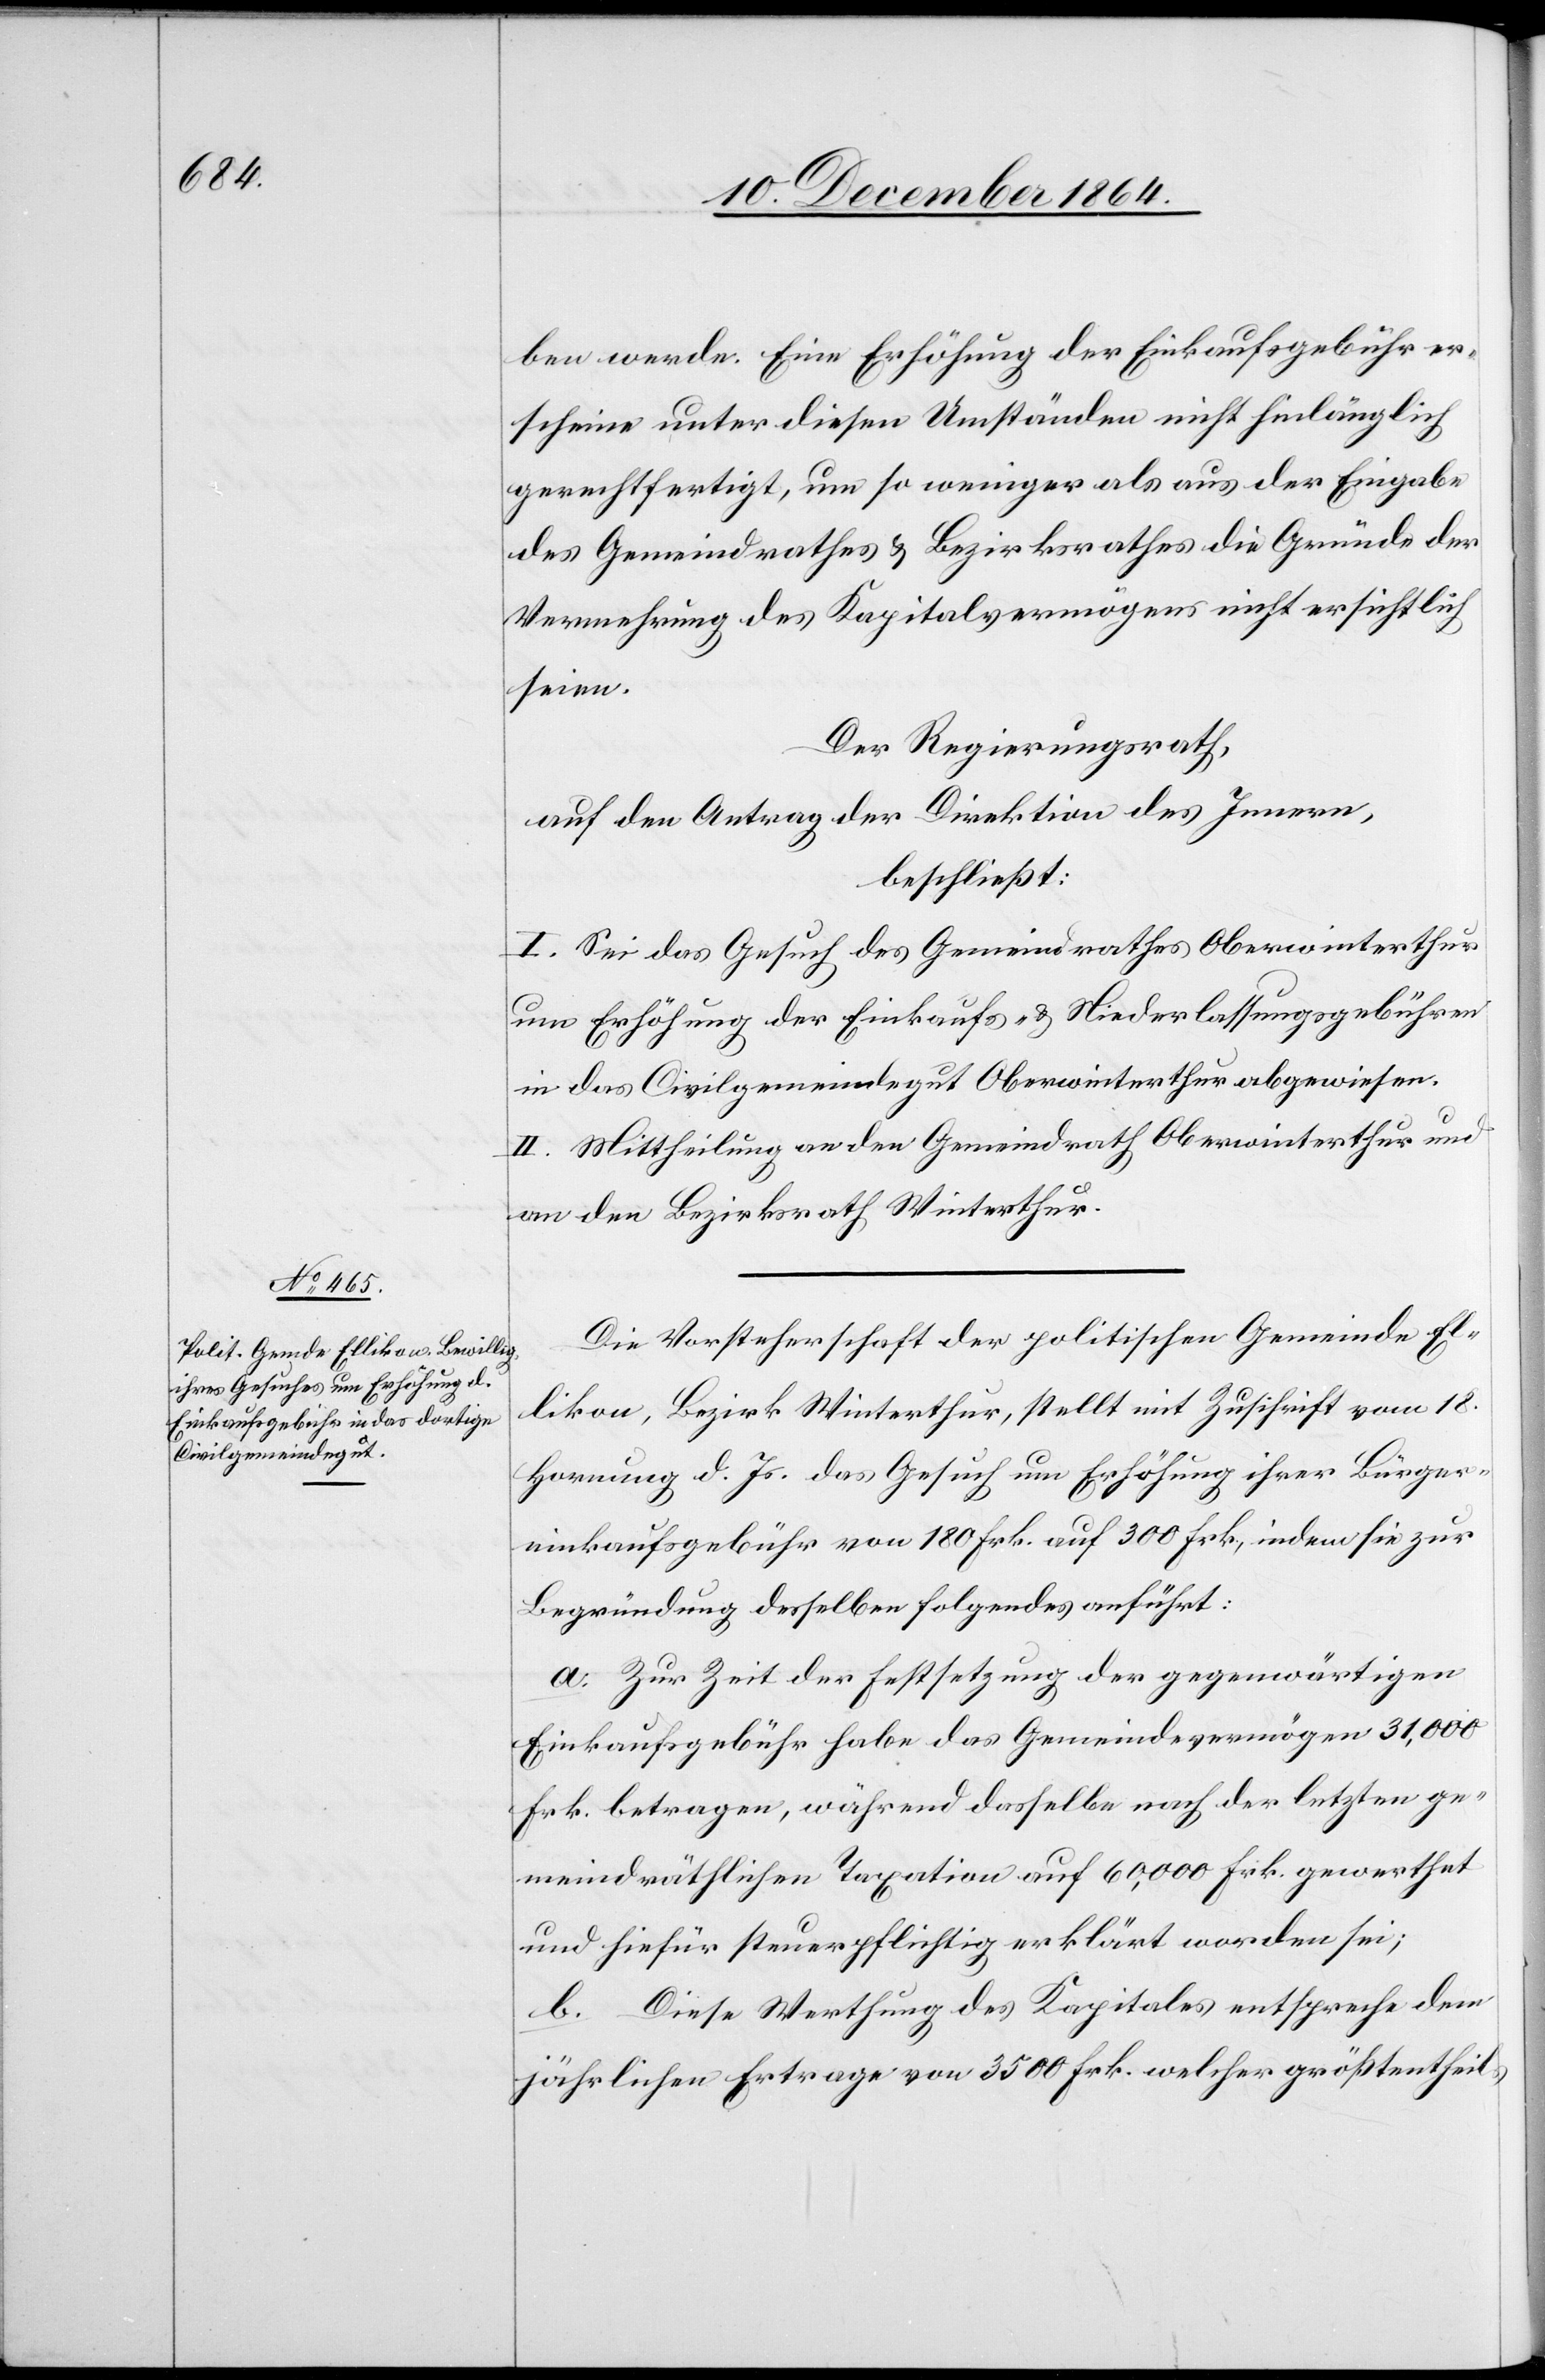
ben werde. Eine Erhöhung der Einkaufsgebühr er¬
scheint unter diesen Umständen nicht hinlänglich
gerechtfertigt, um so weniger als aus der Eingabe
des Gemeindrathes & Bezirksrathes die Gründe der
Vermehrung des Kapitalvermögens nicht ersichtlich
seien.
Der Regierungsrath,
auf den Antrag der Direktion des Innern,
beschließt:
I. Sei das Gesuch des Gemeindrathes Oberwinterthur
um Erhöhung der Einkaufs- & Niederlassungsgebühren
in das Civilgemeindegut Oberwinterthur abgewiesen.
II. Mittheilung an den Gemeindrath Oberwinterthur und
an den Bezirksrath Winterthur.
Die Vorsteherschaft der politischen Gemeinde El¬
likon, Bezirk Winterthur, stellt mit Zuschrift vom 18.
Hornung d. Js. das Gesuch um Erhöhung ihrer Bürger¬
einkaufsgebühr von 180 Frk. auf 300 Frk., indem sie zur
Begründung desselben folgendes anführt:
a. Zur Zeit der Festsetzung der gegenwärtigen
Einkaufsgebühr habe das Gemeindsvermögen 31,000
Frk. betragen, während dasselbe nach der letzten ge¬
meindräthlichen Taxation auf 60,000 Frk. gewerthet
und hiefür steuerpflichtig erklärt worden sei;
b. Diese Werthung des Kapitales entspreche dem
jährlichen Ertrage von 3500 Frk. welcher größtentheils